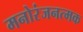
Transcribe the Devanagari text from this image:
मनोरंजनत्मक